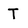
Character: T